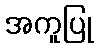
အကူပြု